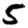
Digit: 5